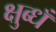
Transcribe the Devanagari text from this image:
क्षुब्धँ